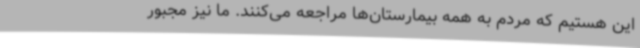
این هستیم که مردم به همه بیمارستان‌ها مراجعه می‌کنند. ما نیز مجبور